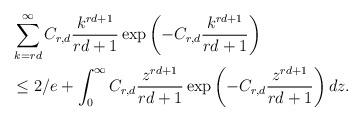
LaTeX: \begin{align*}&\sum_{k=rd}^{\infty} C_{r,d} \frac{k^{rd+1}}{rd+1} \exp\left(- C_{r,d}\frac{k^{rd+1} }{rd+1} \right) \\&\leq 2/e + \int_{0}^{\infty} C_{r,d} \frac{ z^{rd+1}}{rd+1 } \exp\left(- C_{r,d} \frac{ z^{rd+1}}{rd+1 } \right) dz. \end{align*}